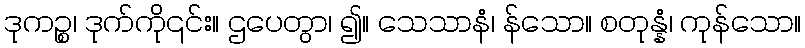
ဒုကဉ္စ၊ ဒုက်ကို၎င်း။ ဌပေတွာ၊ ၍။ သေသာနံ၊ န်သော။ စတုန္နံ၊ ကုန်သော။